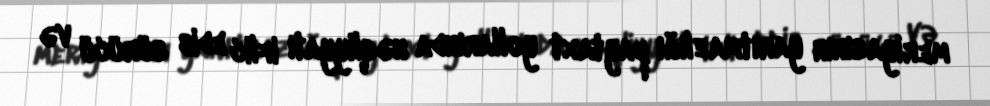
meriyasının yarıtmazlığı paytaxt yollarında nəqliyyatı iflic edib sürücü və